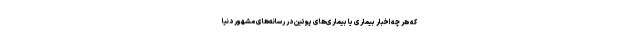
که هر چه اخبار بیماری یا بیماری‌های پوتین در رسانه‌های مشهور دنیا